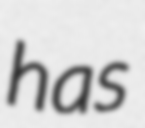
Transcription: has